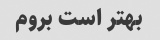
بهتر است بروم